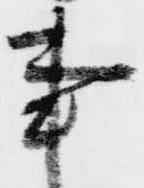
事